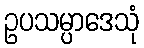
ဥပသမ္ပာဒေသုံ